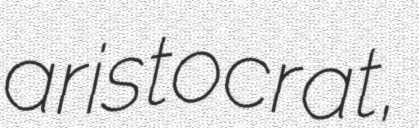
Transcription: aristocrat,